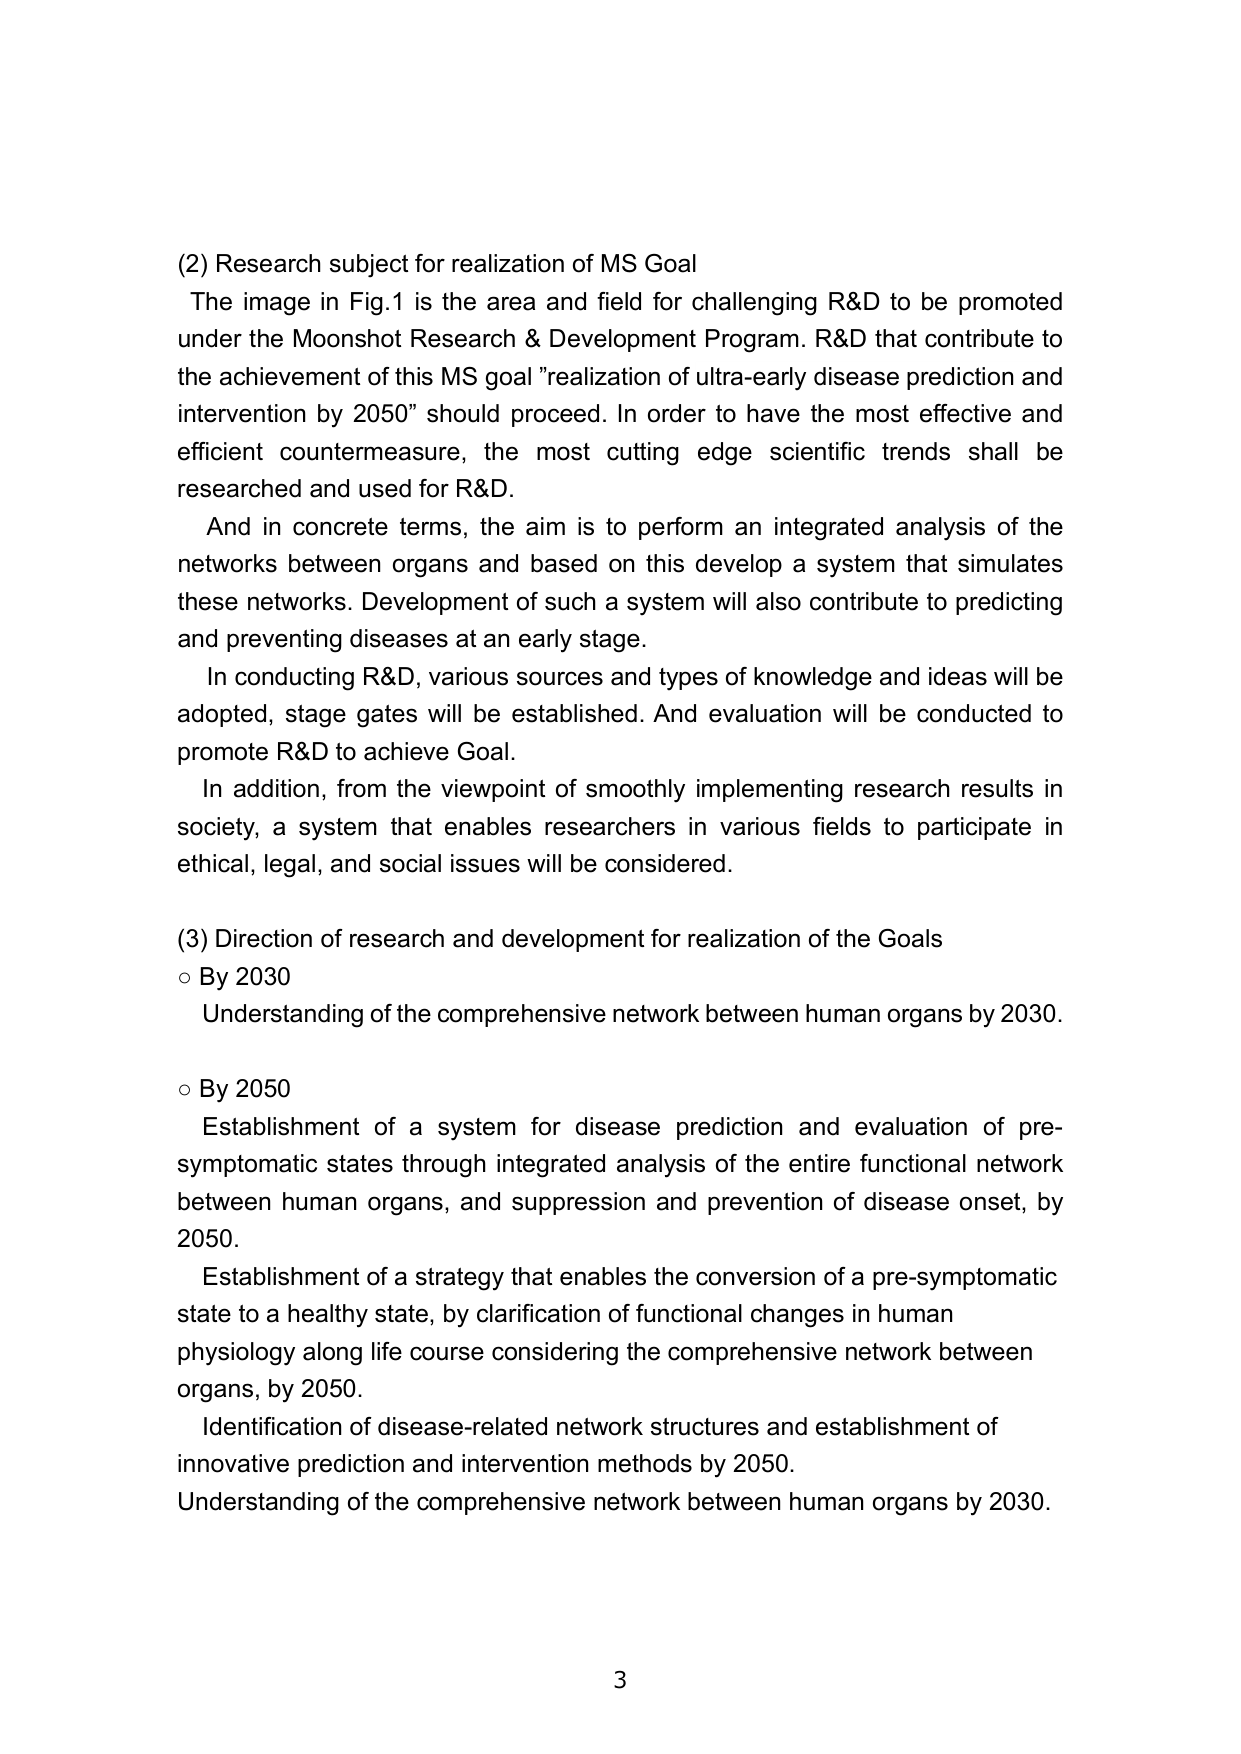
(2) Research subject for realization of MS Goal
The image in Fig.1 is the area and field for challenging R&D to be promoted under the Moonshot Research & Development Program. R&D that contribute to the achievement of this MS goal "realization of ultra-early disease prediction and intervention by 2050" should proceed. In order to have the most effective and efficient countermeasure, the most cutting edge scientific trends shall be researched and used for R&D.
And in concrete terms, the aim is to perform an integrated analysis of the networks between organs and based on this develop a system that simulates these networks. Development of such a system will also contribute to predicting and preventing diseases at an early stage.
In conducting R&D, various sources and types of knowledge and ideas will be adopted, stage gates will be established. And evaluation will be conducted to promote R&D to achieve Goal.
In addition, from the viewpoint of smoothly implementing research results in society, a system that enables researchers in various fields to participate in ethical, legal, and social issues will be considered.

(3) Direction of research and development for realization of the Goals
○ By 2030
Understanding of the comprehensive network between human organs by 2030.

○ By 2050
Establishment of a system for disease prediction and evaluation of pre-symptomatic states through integrated analysis of the entire functional network between human organs, and suppression and prevention of disease onset, by 2050.
Establishment of a strategy that enables the conversion of a pre-symptomatic state to a healthy state, by clarification of functional changes in human physiology along life course considering the comprehensive network between organs, by 2050.
Identification of disease-related network structures and establishment of innovative prediction and intervention methods by 2050.
Understanding of the comprehensive network between human organs by 2030.

3